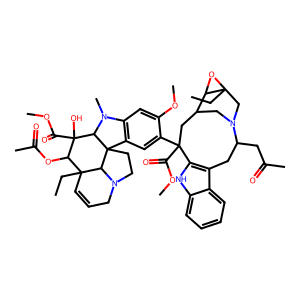
SMILES: CCC12CN3CC(CC(C(=O)OC)(c4cc5c(cc4OC)N(C)C4C(O)(C(=O)OC)C(OC(C)=O)C6(CC)C=CCN7CCC54C76)c4[nH]c5ccccc5c4CC3CC(C)=O)C1O2
Inhibits HIV replication: No